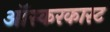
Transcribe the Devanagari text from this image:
ऑस्करकास्ट